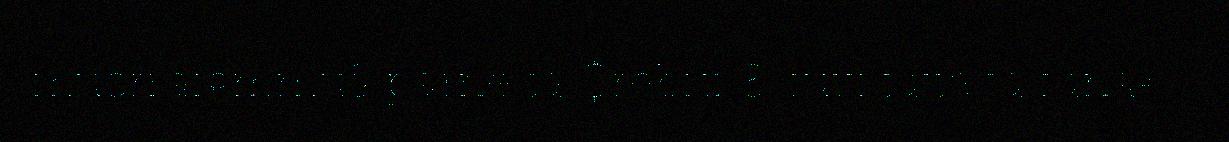
muorrafgmmu§ parne tä $rebrif 8, futti tatte tä fänä=